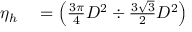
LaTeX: \begin{array} { r l } { \eta _ { h } } & { { } = \left( { \frac { 3 \pi } { 4 } } D ^ { 2 } \div { \frac { 3 { \sqrt { 3 } } } { 2 } } D ^ { 2 } \right) } \end{array}